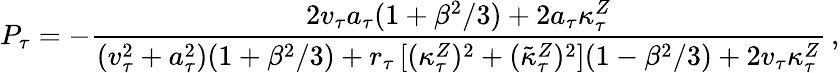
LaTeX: P_{\tau}=-{\frac{2v_{\tau}a_{\tau}(1+\beta^{2}/3)+2a_{\tau}\kappa_{\tau}^{Z}}{(v_{\tau}^{2}+a_{\tau}^{2})(1+\beta^{2}/3)+r_{\tau}\left[(\kappa_{\tau}^{Z})^{2}+(\tilde{\kappa}_{\tau}^{Z})^{2}\right](1-\beta^{2}/3)+2v_{\tau}\kappa_{\tau}^{Z}}}\, ,